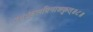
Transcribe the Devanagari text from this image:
रक्षःकुलविनाशकृत्‌॥८॥